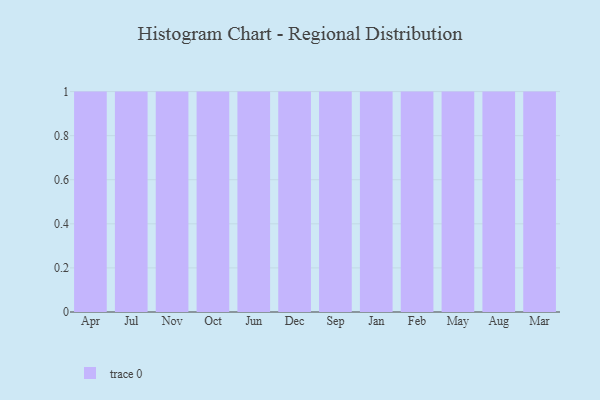
{"axis": {"x": "Month", "y": "Page Views"}, "legend": [""], "data": [{"x": "Apr", "y": 13, "type": ""}, {"x": "Jul", "y": 32, "type": ""}, {"x": "Nov", "y": 76, "type": ""}, {"x": "Oct", "y": 81, "type": ""}, {"x": "Jun", "y": 54, "type": ""}, {"x": "Dec", "y": 40, "type": ""}, {"x": "Sep", "y": 8, "type": ""}, {"x": "Jan", "y": 72, "type": ""}, {"x": "Feb", "y": 60, "type": ""}, {"x": "May", "y": 35, "type": ""}, {"x": "Aug", "y": 81, "type": ""}, {"x": "Mar", "y": 15, "type": ""}]}